Leucocytozoon canis - Number 26
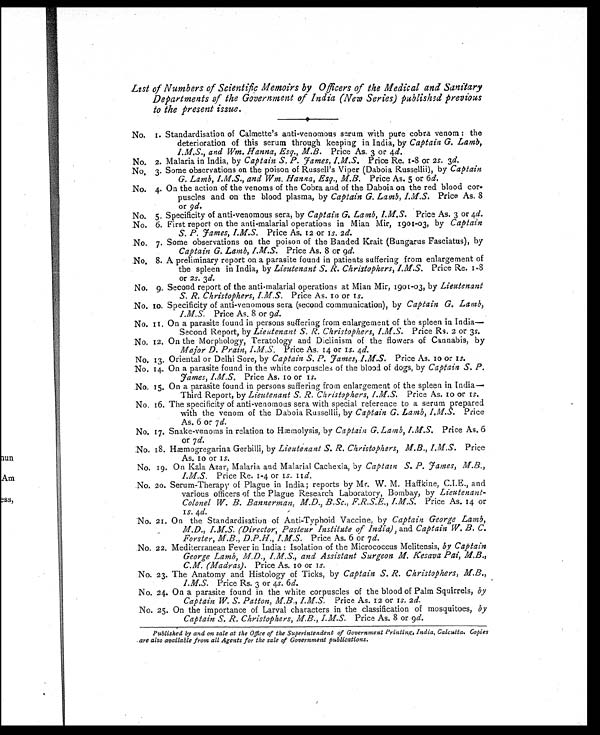
List of Numbers of Scientific Memoirs by Officers of the Medical and Sanitary
Departments of the Government of India (New Series) published previous
to the present issue.
No. 1. Standardisation of Calmette's anti-venomous serum with pure cobra venom : the
deterioration of this serum through keeping in India, by Captain G. Lamb,
I.M.S., and Wm. Hanna, Esq., M.B. Price As. 3 or 4d.
No. 2. Malaria in India, by Captain S. P. James, I.M.S. Price Re. 1-8 or 2s. 3d.
No. 3. Some observations on the poison of Russell's Viper (Daboia Russellii), by Captain
G. Lamb, I.M.S., and Wm. Hanna, Esq., M.B. Price As. 5 or 6 d.
No. 4. On the action of the venoms of the Cobra and of the Daboia on the red blood cor-
puscles and on the blood plasma, by Captain G. Lamb, I.M.S.
Price As. 8
o r
9 d .
No. 5. Specificity of anti-venomous sera, by Captain G. Lamb, I.M.S.
Price As. 3 or 4 d.
No. 6. First report on the anti-malarial operations in Mian Mir, 1901-03, by Captain
S. P. James, I.M.S. Price As. 12 or 1s. 2 d.
No. 7. Some observations on the poison of the Banded Krait (Bungarus Fasciatus), by
Captain G. Lamb, I.M.S. Price As. 8 or 9d.
No. 8. A preliminary report on a parasite found in patients suffering from enlargement of
the spleen in India, by Lieutenant S. R. Christophers, I.M.S. Price Re. 1-8
or 2s. 3 d.
No. 9. Second report of the anti-malarial operations at Mian Mir, 1901-03, by Lieutenant
S. R. Christophers, I.M.S. Price As. 10 or 1s.
No. 10. Specificity of anti-venomous sera (second communication), by Captain G. Lamb,
I.M.S. Price As. 8 or 9d.
No. 11. On a parasite found in persons suffering from enlargement of the spleen in India—
Second Report, by Lieutenant S. R. Christophers, I.M.S. Price Rs. 2 or 3 s.
No. 12. On the Morphology, Teratology and Diclinism of the flowers of Cannabis, by
Major D. Prain, I.M.S. Price As. 14 or 1s. 4 d.
No. 13. Oriental or Delhi Sore, by Captain S. P. James, I.M.S. Price As. 10 or 1s.
No. 14. On a parasite found in the white corpuscles of the blood of dogs, by Captain S. P.
James, I.M.S.
Price As. 10 or 1 s.
No. 15. On a parasite found in persons suffering from enlargement of the spleen in India
—Third Report, by Lieutenant S. R. Christophers, I.M.S. Price As. 10 or 1s.
No. 16. The specificity of anti-venomous sera with special reference to a serum prepared
with the venom of the Daboia Russellii, by Captain G. Lamb, I.M.S.
Price
As. 6 or 7 d.
No. 17. Snake-venoms in relation to Hæmolysis, by Captain G. Lamb, I.M.S. Price As. 6
or 7 d.
No. 18. Hæmogregarina Gerbilli, by Lieutenant S. R. Christophers, M.B., I.M.S.
Price
As. 10 or 1s.
No. 19. On Kala Azar, Malaria and Malarial Cachexia, by Captain S. P. James, M.B,,
I.M.S. Price Re. 1-4 or 1s. 11d.
No. 20. Serum-Therapy of Plague in India; reports by Mr. W. M. Haffkine, C.I.E., and
various officers of the Plague Research Laboratory, Bombay, by Lieutenant-
Colonel W. B. Bannerman, M.D., B.Sc., F.R.S.E., I.M.S. Price As. 14 or
1
s .
4
d .
No. 21. On the Standardisation of Anti-Typhoid Vaccine, by Captain George Lamb,
M.D., I.M.S. (Director, Pasteur Institute of India), and Captain W. B. C.
Forster, M.B., D.P.H., I.M.S.
Price As. 6 or 7 d.
No. 22. Mediterranean Fever in India : Isolation of the Micrococcus Melitensis, by Captain
George Lamb, M.D., I.M.S., and Assistant Surgeon M. Kesava Pai, M.B.,
C.M. (Madras). Price As. 10 or 1s.
No. 23. The Anatomy and Histology of Ticks, by Captain S. R. Christophers, M.B.,
I.M.S. Price Rs. 3 or 4s. 6 d.
No. 24. On a parasite found in the white corpuscles of the blood of Palm Squirrels, by
Captain W. S. Patton, M.B., I.M.S. Price As. 12 or 1s. 2 d.
No. 25. On the importance of Larval characters in the classification of mosquitoes, by
Captain S. R. Christophers, M.B., I.M.S. Price As. 8 or 9 d.
Published by and on sale at the Office of the Superintendent of Government Printing, India, Calcutta. Copies
are also available from all Agents for the sale of Government publications.